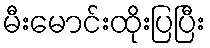
မီးမောင်းထိုးပြပြီး